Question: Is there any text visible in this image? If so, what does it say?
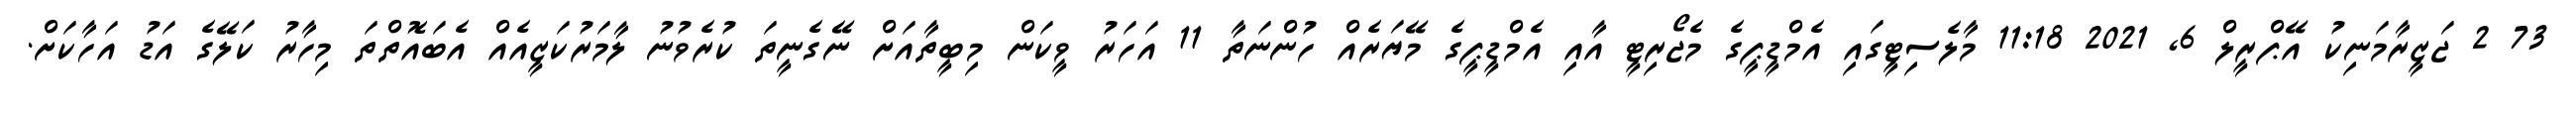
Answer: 73 2 ޖަޒީރާމަނިކު އޭޕްރީލް 6, 2021 11:18 މާލެސިޓީގައި އެމްޑީޕީގެ މެޖޯރިޓީ އާއި އެމްޑީޕީގެ މޭޔަރެއް ހުންނަތާ 11 އަހަރު ވީކަން މިބީތާއަށް ނޭގެނީތަ ކުރެވުނު ލާމަރުކަޒީއެއް އެބައޮތްތަ މިހާރު ކަލޭގެ އަޑު އަހާކަށް.